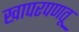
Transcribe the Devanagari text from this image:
खापरपणतू